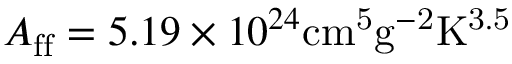
A _ { \mathrm { f f } } = 5 . 1 9 \times 1 0 ^ { 2 4 } \mathrm { c m ^ { 5 } g ^ { - 2 } K ^ { 3 . 5 } }